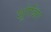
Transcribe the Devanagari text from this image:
शूगेजिंग